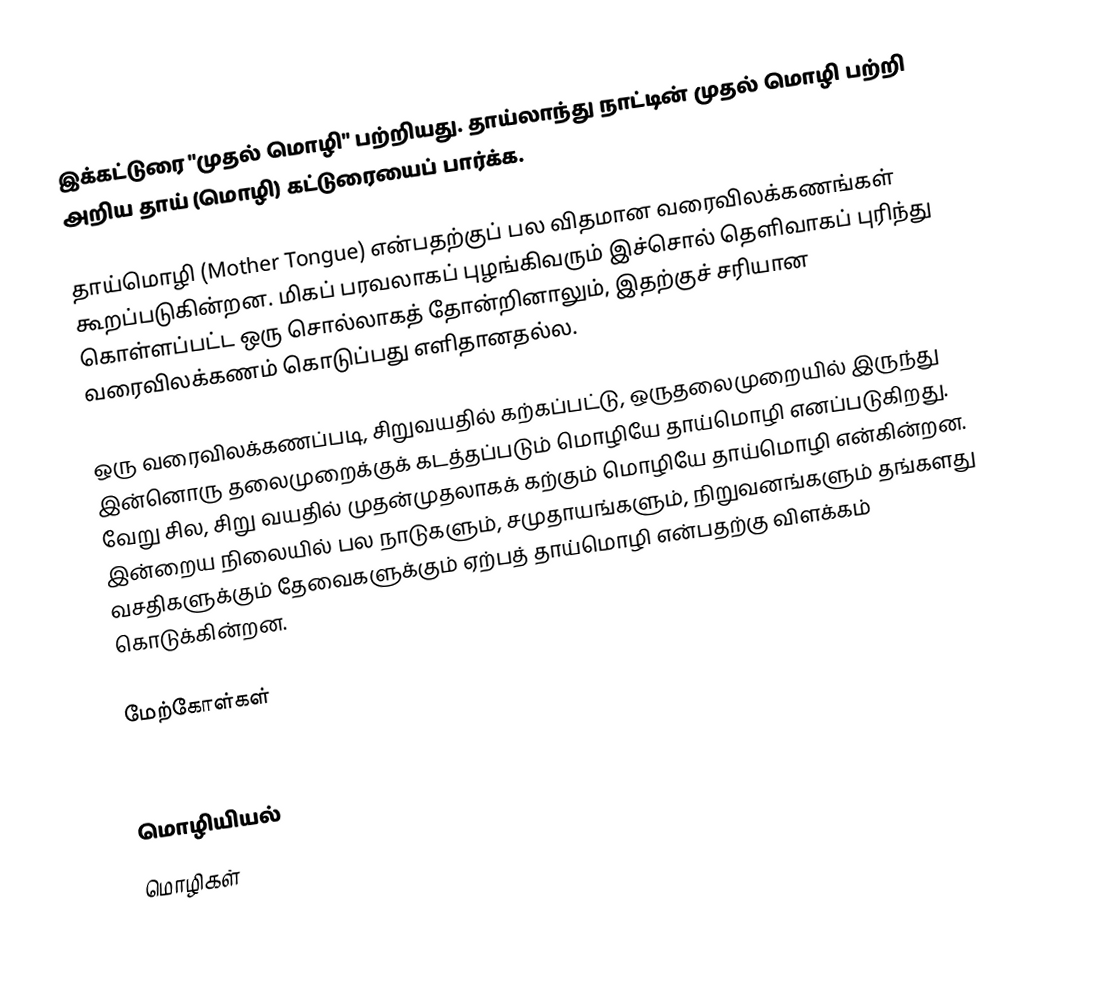
இக்கட்டுரை "முதல் மொழி" பற்றியது. தாய்லாந்து நாட்டின் முதல் மொழி பற்றி அறிய தாய் (மொழி) கட்டுரையைப் பார்க்க.

தாய்மொழி (Mother Tongue) என்பதற்குப் பல விதமான வரைவிலக்கணங்கள் கூறப்படுகின்றன. மிகப் பரவலாகப் புழங்கிவரும் இச்சொல் தெளிவாகப் புரிந்து கொள்ளப்பட்ட ஒரு சொல்லாகத் தோன்றினாலும், இதற்குச் சரியான வரைவிலக்கணம் கொடுப்பது எளிதானதல்ல.

ஒரு வரைவிலக்கணப்படி, சிறுவயதில் கற்கப்பட்டு, ஒருதலைமுறையில் இருந்து இன்னொரு தலைமுறைக்குக் கடத்தப்படும் மொழியே தாய்மொழி எனப்படுகிறது. வேறு சில, சிறு வயதில் முதன்முதலாகக் கற்கும் மொழியே தாய்மொழி என்கின்றன. இன்றைய நிலையில் பல நாடுகளும், சமுதாயங்களும், நிறுவனங்களும் தங்களது வசதிகளுக்கும் தேவைகளுக்கும் ஏற்பத் தாய்மொழி என்பதற்கு விளக்கம் கொடுக்கின்றன.

மேற்கோள்கள்

மொழியியல்
மொழிகள்